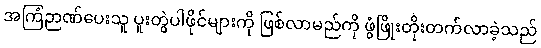
အကြံဉာဏ်ပေးသူ ပူးတွဲပါဖိုင်များကို ဖြစ်လာမည်ကို ဖွံဖြိုးတိုးတက်လာခဲ့သည်